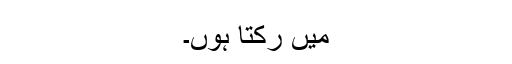
میں رکتا ہوں۔